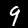
Label: 9